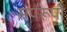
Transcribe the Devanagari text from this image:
सर्परूपी